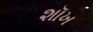
શૉખ